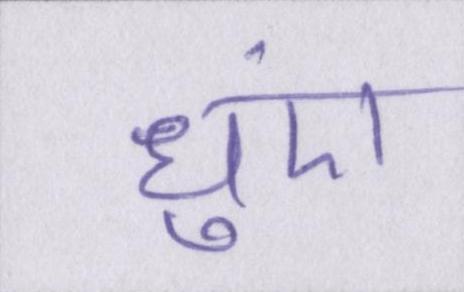
धुएं